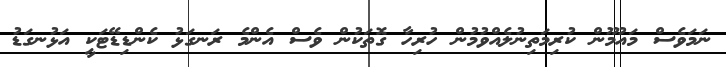
ނަމަވެސް މައުމޫން ކުރިމަތިނުލެއްވުމުން ހުރިހާ ގޮތަކުން ވެސް އެންމެ ރަނގަޅު ކެންޑިޑޭޓަކީ އަޅުނގަޑު